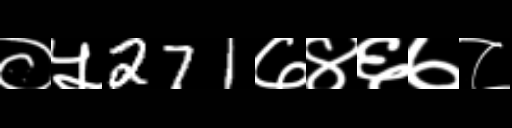
Text: ०५271७४६७८